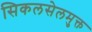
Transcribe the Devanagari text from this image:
सिकलसेलमुक्त